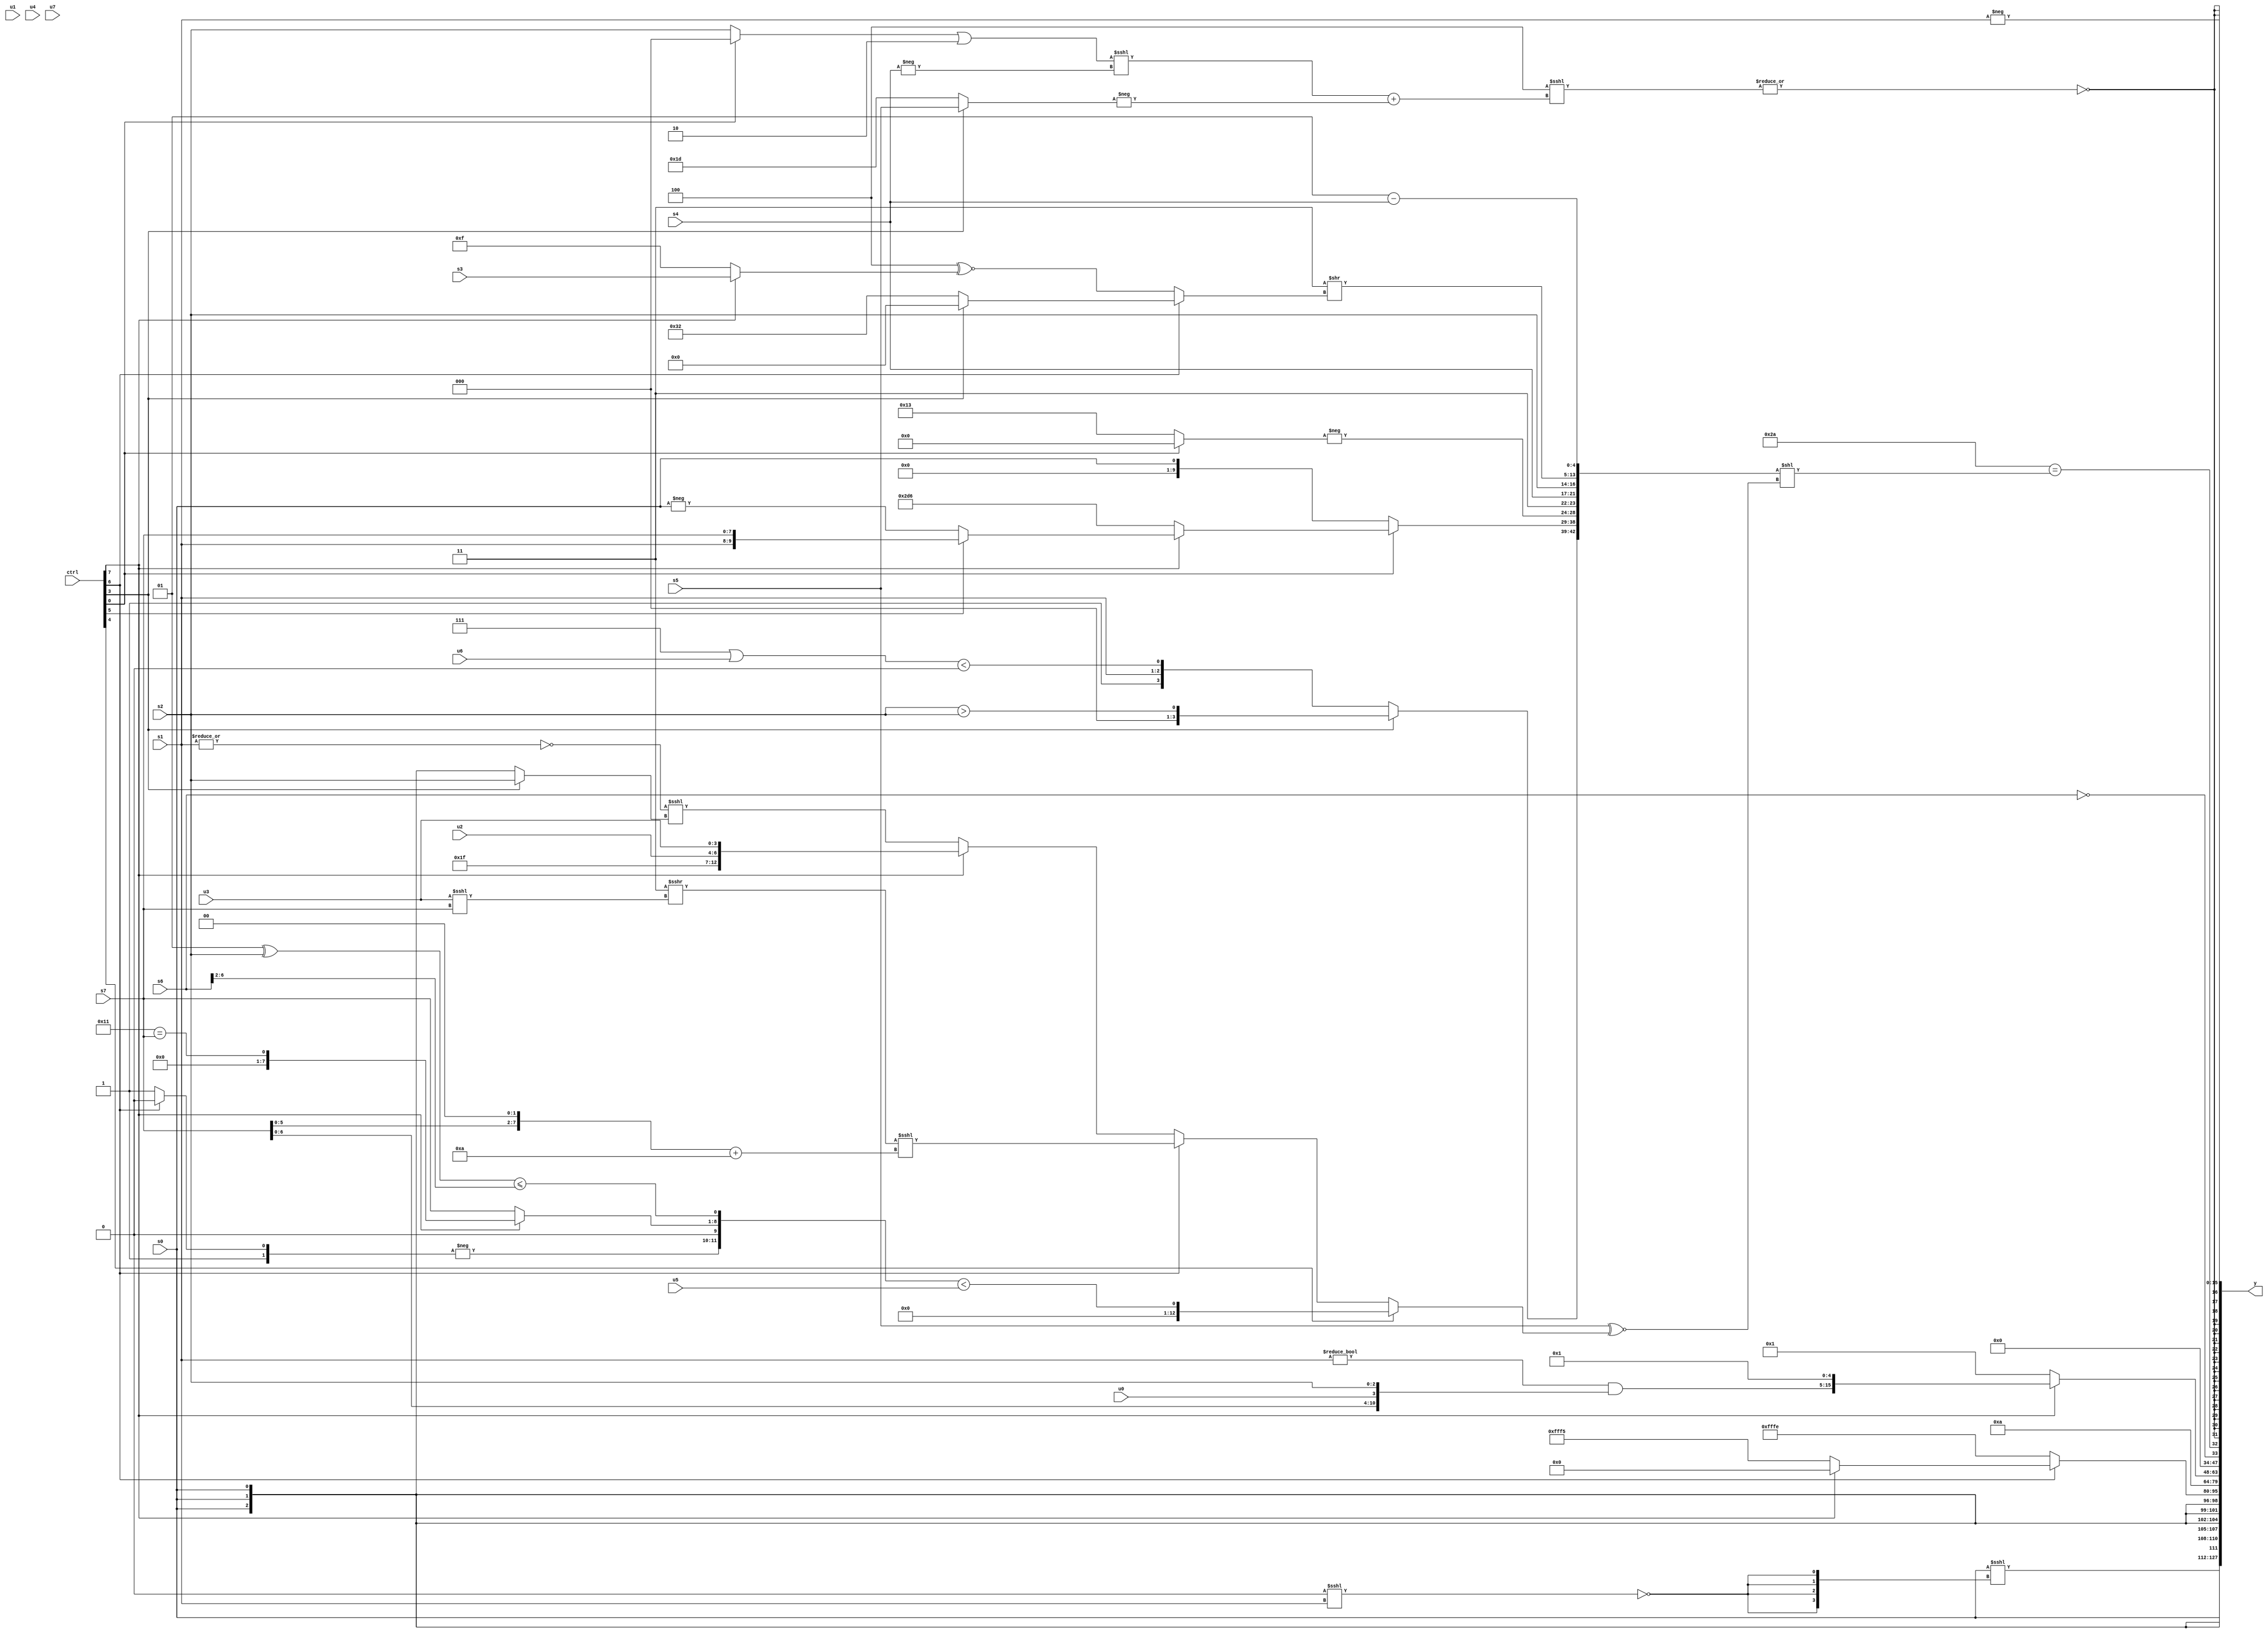
module wideexpr_00909(ctrl, u0, u1, u2, u3, u4, u5, u6, u7, s0, s1, s2, s3, s4, s5, s6, s7, y);
  input [7:0] ctrl;
  input [0:0] u0;
  input [1:0] u1;
  input [2:0] u2;
  input [3:0] u3;
  input [4:0] u4;
  input [5:0] u5;
  input [6:0] u6;
  input [7:0] u7;
  input signed [0:0] s0;
  input signed [1:0] s1;
  input signed [2:0] s2;
  input signed [3:0] s3;
  input signed [4:0] s4;
  input signed [5:0] s5;
  input signed [6:0] s6;
  input signed [7:0] s7;
  output [127:0] y;
  wire [15:0] y0;
  wire [15:0] y1;
  wire [15:0] y2;
  wire [15:0] y3;
  wire [15:0] y4;
  wire [15:0] y5;
  wire [15:0] y6;
  wire [15:0] y7;
  assign y = {y0,y1,y2,y3,y4,y5,y6,y7};
  assign y0 = ((s0)>>>(3'sb110))<<<({4{~|((+((1'b0)>(1'b0)))<<<(s1))}});
  assign y1 = s0;
  assign y2 = (ctrl[6]?(ctrl[7]?2'sb00:+(5'sb10101)):$signed($unsigned(-(2'sb10))));
  assign y3 = 5'sb01010;
  assign y4 = (ctrl[7]?{$signed(((1'sb0)!=(s1))&({s7,u0,s2})),5'sb00001}:1'sb1);
  assign y5 = {!($signed(+(s6))),(6'b101010)==(({(ctrl[3]?(s2)>(s2):{1{{(ctrl[3]?$signed(s7):6'sb000001),s1,((3'b111)|(u6))<(~|(1'sb1))}}}),{(ctrl[0]?(ctrl[7]?(ctrl[5]?{s1,s7}:-(s0)):{2{5'sb10110}}):$signed(s0)),{-((ctrl[0]?&(4'sb1100):$signed(5'sb10011))),2'sb11,$signed(s4)},$signed(s2),((4'sb0010)|(-({3{3'sb111}})))>>((ctrl[6]?(ctrl[3]?$signed(2'sb00):-(6'sb001110)):($signed(6'sb111100))^~((ctrl[7]?s3:1'sb1))))},(2'sb01)-(s4)})<<(({s5})^~((ctrl[4]?({-((ctrl[6]?2'sb10:1'sb1)),1'sb0,(ctrl[7]?(6'sb010001)==(s7):s7),((6'sb000001)^(s2))<=((s6)>>>(3'sb010))})<(u5):(ctrl[6]?(($signed(4'b0011))>>>((u3)<<<(s7)))<<<(((s7)<<(3'sb010))+(4'sb1010)):(ctrl[7]?{+(6'sb011111),u2,u3}:(~|(s1))<<<((ctrl[3]?s2:s0))))))))};
  assign y6 = +($signed(~|((({4{$unsigned(6'sb101100)}})&($signed(3'sb100)))<<<(((((ctrl[0]?(1'sb0)^(6'sb000000):+(s2)))|(+({1{3'b010}})))<<<(-(s4)))+($signed(-((ctrl[3]?(ctrl[3]?s5:6'sb111001):(4'sb0100)^~(6'sb100110)))))))));
  assign y7 = +(-($signed(s1)));
endmodule